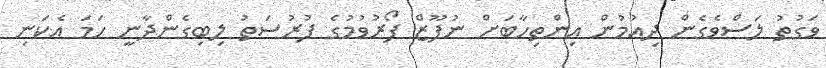
ވަގުތު ލަސްވެގެން ދިއުމުން އިންތިހާބަށް ނުފޫޒް ފޯރުވުމުގެ ފުރުސަތު ލިބިގެންދާނީ ހަމަ އެކަނި